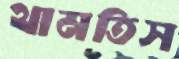
থামতিস